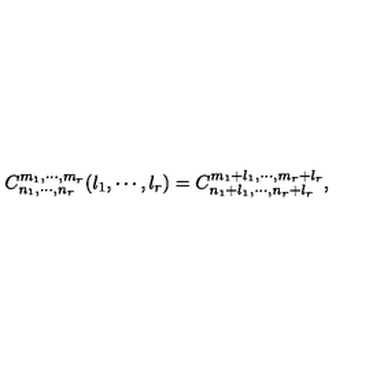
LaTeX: C _ { n _ { 1 } , \cdots , n _ { r } } ^ { m _ { 1 } , \cdots , m _ { r } } ( l _ { 1 } , \cdots , l _ { r } ) = C _ { n _ { 1 } + l _ { 1 } , \cdots , n _ { r } + l _ { r } } ^ { m _ { 1 } + l _ { 1 } , \cdots , m _ { r } + l _ { r } } ,